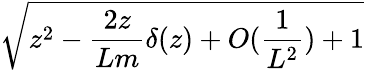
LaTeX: \sqrt{z^{2}-\frac{2z}{Lm}\delta(z)+O(\frac{1}{L^{2}})+1}